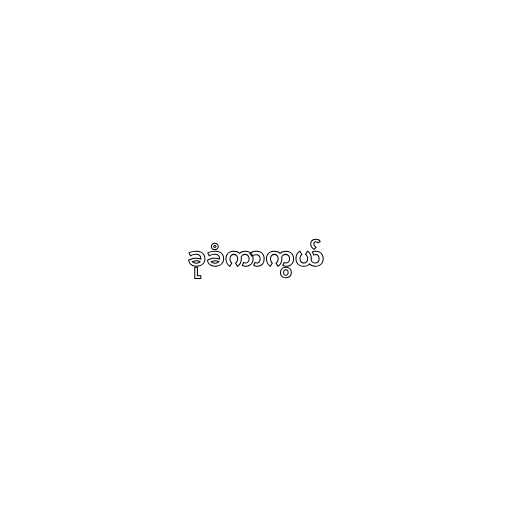
ခုခံကာကွယ်